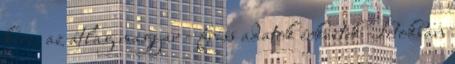
keres az átlag magyar - friss adatok érkeztek Titokban